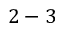
2 - 3